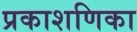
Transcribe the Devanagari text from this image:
प्रकाशणिका